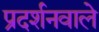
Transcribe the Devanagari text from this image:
प्रदर्शनवाले